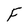
Character: F